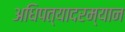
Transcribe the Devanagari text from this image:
अधिपत्यादरम्यान